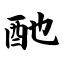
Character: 酏